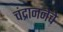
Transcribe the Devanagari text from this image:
चंद्राननेचे